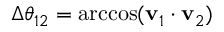
\Delta \theta _ { 1 2 } = \operatorname { a r c c o s } ( \mathbf { v } _ { 1 } \cdot \mathbf { v } _ { 2 } )